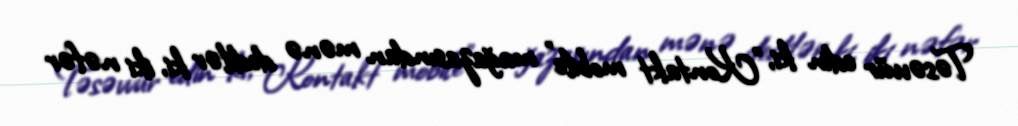
Təsəvvür edin ki, ”Kontakt mobile" mağazasından mənə dedilər ki, iki nəfər